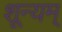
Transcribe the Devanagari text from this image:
शून्यम्